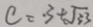
c = . 3 + \sqrt { 3 3 }